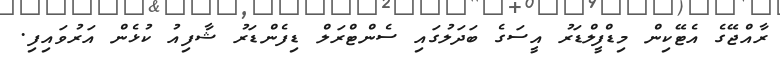
ރާއްޖޭގެ އެޓޭކިން މިޑްފީލްޑަރު އީސަގެ ބަދަލުގައި ސެންޓްރަލް ޑިފެންޑަރު ޝާފިއު ކުޅެން އަރުވައިފި.